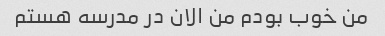
من خوب بودم من الان در مدرسه هستم